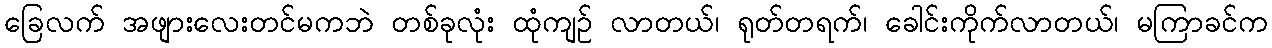
ခြေလက် အဖျားလေးတင်မကဘဲ တစ်ခုလုံး ထုံကျဉ် လာတယ်၊ ရုတ်တရက်၊ ခေါင်းကိုက်လာတယ်၊ မကြာခင်က